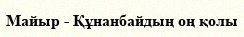
Майыр - Құнанбайдың оң қолы